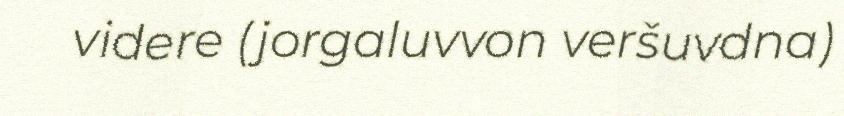
videre (jorgaluvvon veršuvdna)